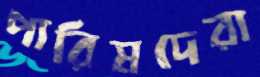
পারিষদেরা